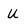
Character: u